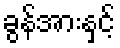
ခွန်အားနှင့်